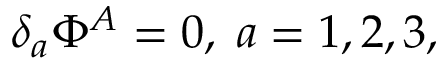
\delta _ { a } \Phi ^ { A } = 0 , \; a = 1 , 2 , 3 ,